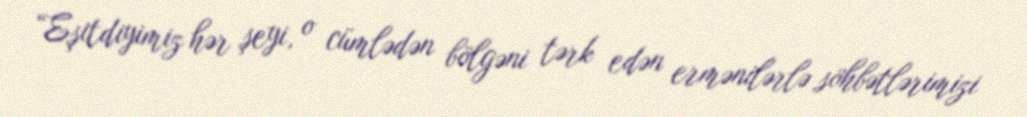
“Eşitdiyimiz hər şeyi, o cümlədən bölgəni tərk edən ermənilərlə söhbətlərimizi